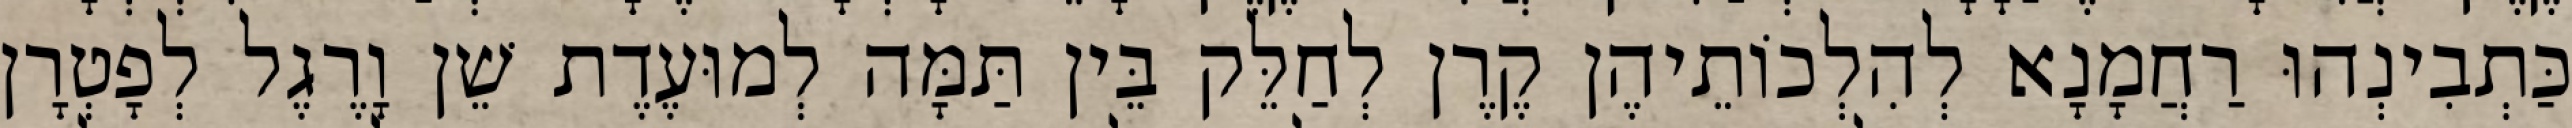
כַּתְבִינְהוּ רַחֲמָנָא לְהִלְכוֹתֵיהֶן קֶרֶן לְחַלֵּק בֵּין תַּמָּה לְמוּעֶדֶת שֵׁן וָרֶגֶל לְפָטְרָן